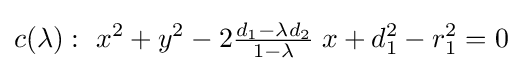
c(\lambda ):\ x^{2}+y^{2}-2{\tfrac {d_{1}-\lambda d_{2}}{1-\lambda }}\;x+d_{1}^{2}-r_{1}^{2}=0\